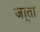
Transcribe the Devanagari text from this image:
जा्ता